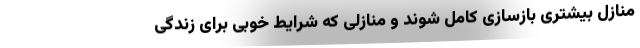
منازل بیشتری بازسازی کامل شوند و منازلی که شرایط خوبی برای زندگی